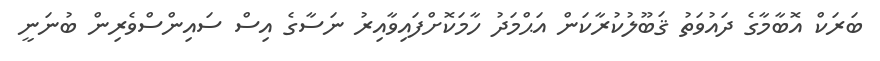
ބަރަކް އޮބާމާގެ ދައުވަތު ޤަބޫލުކުރާކަން އަޙްމަދު ހާމަކޮށްފައިވާއިރު ނަސާގެ އިސް ސައިންސްވެރިން ބުނަނީ